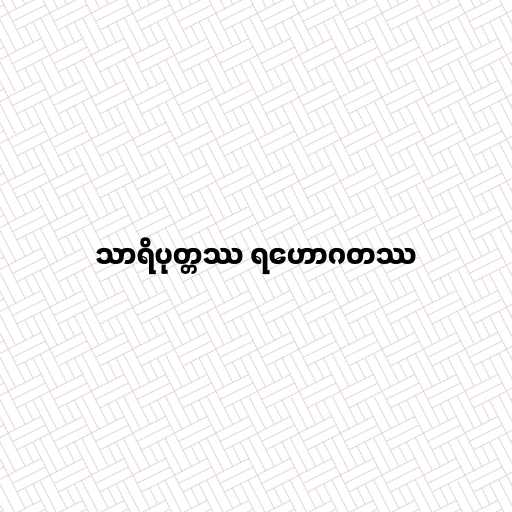
သာရိပုတ္တဿ ရဟောဂတဿ